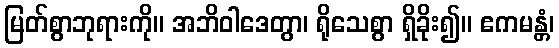
မြတ်စွာဘုရားကို။ အဘိဝါဒေတွာ၊ ရိုသေစွာ ရှိခိုး၍။ ဧကမန္တံ၊